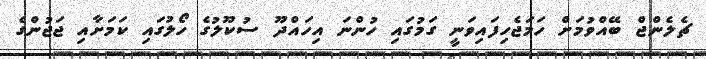
ޗެލެންޖް ބޭއްވުމަށް ހަމަޖެހިފައިވަނީ ގަމުގައި ހުންނަ އިހައްދޫ ސުކޫލުގެ ހޯލުގައި ކަމަށާއި ޖަޖުންގެ